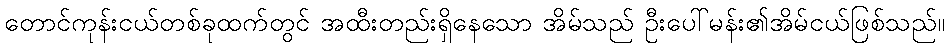
တောင်ကုန်းငယ်တစ်ခုထက်တွင် အထီးတည်းရှိနေသော အိမ်သည် ဦးပေါ်မန်း၏အိမ်ငယ်ဖြစ်သည်။